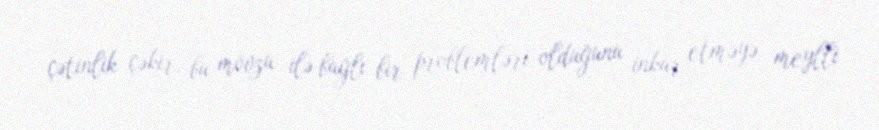
çətinlik çəkir, bu mövzu ilə bağlı bir problemləri olduğunu inkar etməyə meylli